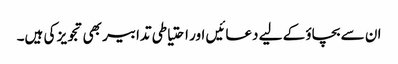
ان سے بچاؤ کے لیے دعائیں اور احتیاطی تدابیر بھی تجویز کی ہیں۔